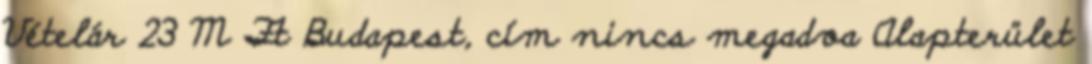
Vételár 23 M Ft Budapest, cím nincs megadva Alapterület